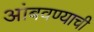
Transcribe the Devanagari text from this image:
आंबवण्याची